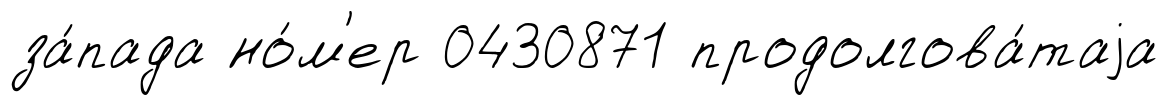
за́пада но́м'ер 0430871 продолгова́таjа